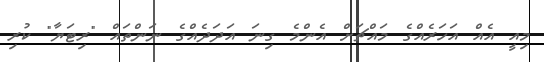
މިއީ އެއް އަހަރެއްގެ މައްޗަށް އެންމެ ގިނަ އަދަދެއްގެ ނަންތައް "ރިޓަޔާ" ކުރި